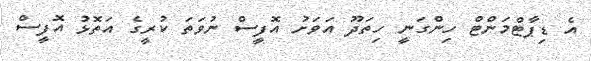
އެ ޑިޕާޓްމަންޓް ހިންގަނީ ހިތަދޫ އަވަށު އޮފީސް ނުވަތަ ކުރީގެ އަތޮޅު އޮފީސް